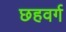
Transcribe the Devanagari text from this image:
छहवर्ग